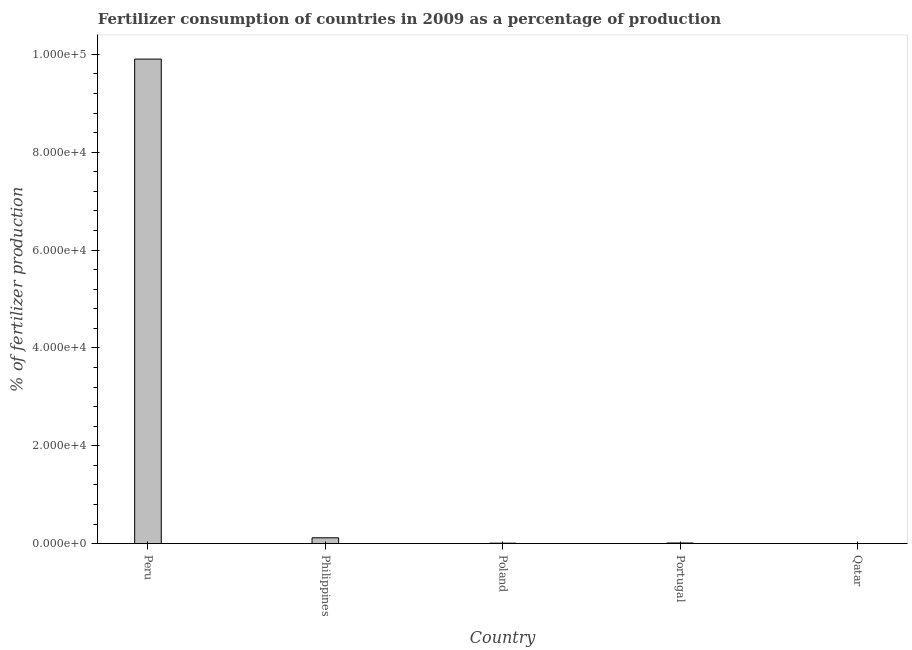
| Country | Fertilizer consumption |
 | --- | --- |
 | Peru | 9.9e+04 |
 | Philippines | 1.2e+03 |
 | Poland | 99.5 |
 | Portugal | 136 |
 | Qatar | 2.78 |